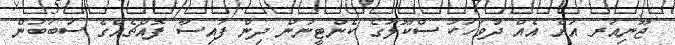
ޖޫނިއަރ އަށް އެއް ދުވަހަކު ސްކޫލުގެ ކެންޓީނުން ދިން ފައިސާ ފޮއްޗެއްގެ ސަބަބުން